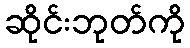
ဆိုင်းဘုတ်ကို